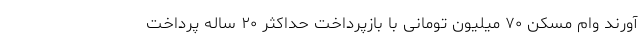
آورند وام مسکن ۷۰ میلیون تومانی با بازپرداخت حداکثر ۲۰ ساله پرداخت